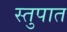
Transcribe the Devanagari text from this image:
स्तुपात